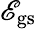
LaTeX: \mathscr{E}_{{\mathrm{{gs}}}}